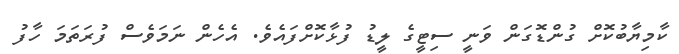
ކާމިޔާބުކޮށް ގުންޑޮގަން ވަނީ ސިޓީގެ ލީޑު ފުޅާކޮށްފައެވެ. އެހެން ނަމަވެސް ފުރަތަމަ ހާފު